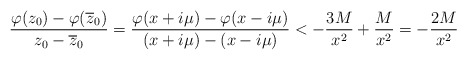
\begin{align*} \frac{\varphi(z_0)-\varphi(\overline z_0)}{z_0-\overline z_0} =\frac{\varphi(x+i\mu)-\varphi(x-i\mu)}{(x+i\mu)-(x-i\mu)} < -\frac{3M}{x^2} + \frac{M}{x^2} = -\frac{2M}{x^2} \end{align*}